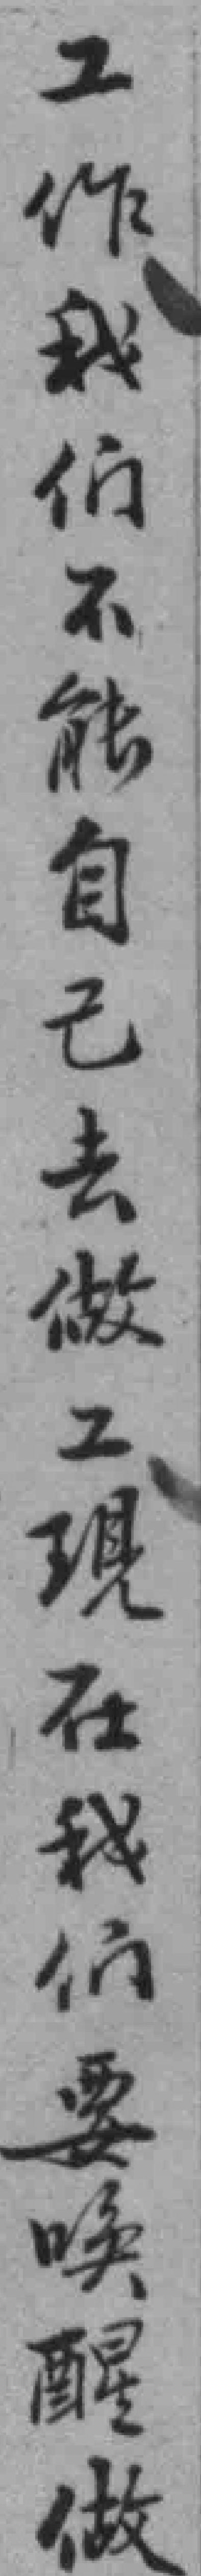
工作我们不能自己去做工現在我們要唤醒做